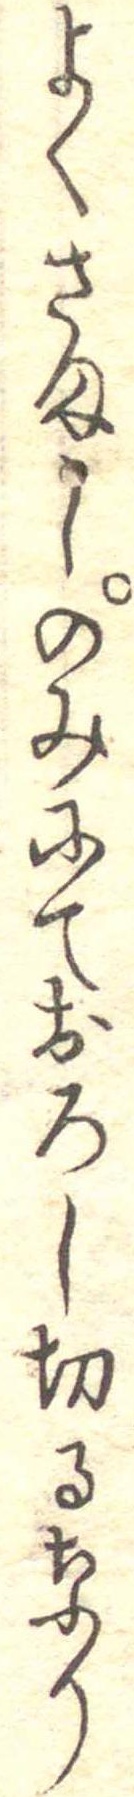
よくさましのみにておろし切るなり